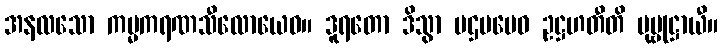
အနလသော ကမ္မကရဏသီလောယေဝ။ ဒူရတော ဒိသွာ ပဌမမေဝ ဥဋ္ဌဟတီတိ ပုဗ္ဗုဋ္ဌာယီ။